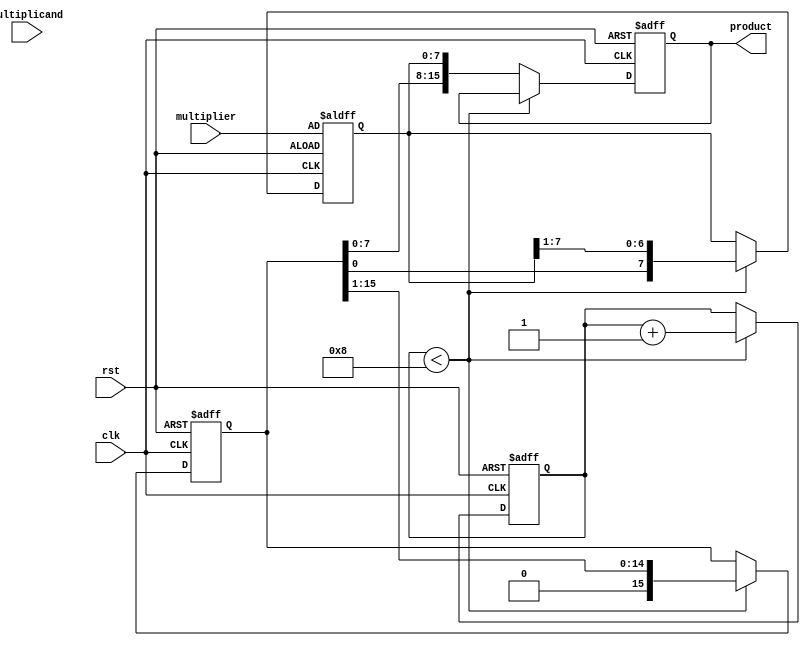
module booth_multiplier (
    input wire clk,
    input wire rst,
    input wire [7:0] multiplicand, // 8-bit multiplicand
    input wire [7:0] multiplier,    // 8-bit multiplier
    output reg [15:0] product       // 16-bit product
);

    reg [15:0] A;                   // Accumulator
    reg [7:0] Q;                    // Multiplier
    reg Q_1;                        // Previous bit of Q
    reg [3:0] count;                // Iteration counter

    // Initialize registers
    always @(posedge clk or posedge rst) begin
        if (rst) begin
            A <= 16'b0;             // Clear Accumulator
            Q <= multiplier;        // Load multiplier
            Q_1 <= 1'b0;            // Initialize Q-1 to 0
            count <= 4'b0;          // Reset counter
            product <= 16'b0;       // Clear product
        end else if (count < 8) begin
            // Booth's algorithm operation
            case ({Q[0], Q_1})
                2'b01: A <= A + {8'b0, multiplicand}; // A = A + M
                2'b10: A <= A - {8'b0, multiplicand}; // A = A - M
                default: A <= A;                       // Do nothing
            endcase

            // Arithmetic right shift
            {A, Q} <= {A, Q} >> 1; // Shift A and Q together
            Q_1 <= Q[0];           // Update Q-1
            count <= count + 1;    // Increment counter
        end else begin
            product <= {A, Q};      // Concatenate A and Q to form product
        end
    end

endmodule